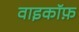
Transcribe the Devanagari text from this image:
वाइकॉफ़